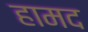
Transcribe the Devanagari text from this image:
हामद